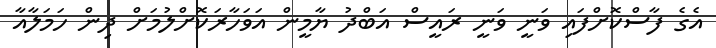
އެގެ ފާސްކޮށްފައި ވަނީ ވަނީ ރައީސް އަބްދު ޔާމީން އަވަހާރަކޮށްލުމަށް ދިން ހަމަލާއާ